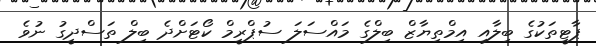
ޕާޓީތަކުގެ ބިލާއި އިމްތިޔާޒް ބިލްގެ މައްސަލަ ސުޕްރީމް ކޯޓަށްދެ ބިލް ތަސްދީގު ނުވެ